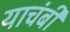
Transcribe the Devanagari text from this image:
याचंबी